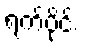
ရက်ပိုင်း